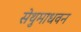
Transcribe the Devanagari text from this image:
सेथुमाधवन